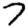
Digit: 7